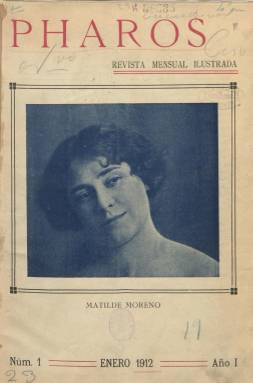
Título: Pharos (Madrid)
Colección: Teatro || Revistas de información general
Ámbito geográfico: Madrid
Lugar de publicación: Madrid
Fechas: 01/01/1912-31/12/1912

Con el subtítulo de Revista mensual Ilustrada, esta publicación nació en 1912 y lo más probable es que su vida finalizara con el año. La BNE tiene los 12 números de la revista y no parece que ésta fuera más allá. En su primer número justificaba su título citando el histórico faro de Alejandría y su deseo de convertirse en una antorcha o foco de las bellas artes.

    En la publicación colaboraron entre otros Valle-Inclán, con el prólogo de su obra La marquesa Rosalinda; Emilia Pardo Bazán, con el cuento El Morito, con ilustraciones de Bartolozzi; y Pedro Répide, escritor madrileñista que relató en varios números las costumbres madrileñas.

    Muy bien ilustrada con dibujos y fotografías, si por algo destaca esta efímera revista es por la información teatral que proporcionaba y por dar a conocer a los actores y actrices del momento. Tenía secciones fijas como El teatro en Madrid, donde informaba sobre los estrenos, pero también dedicaba páginas a informar de la cartelera de otros lugares. Así, había El teatro en París, El teatro en Londres o el teatro en Alemania, e incluso El teatro chino.

   En su primer número dedicó amplios reportajes a actrices como María Tubau, Matilde Moreno y Rosario Pino, y en el de junio puede verse un curioso reportaje ilustrado sobre perros actores y perros de actrices. En varios números, además, reprodujo fragmentos teatrales de algunas de las obras en cartelera que tenían el favor del público.

  La revista tenía entre 80 y 90 páginas  y dedicaba también información a la poesía, pintura, la escultura y otras artes, así como a viajes y lugares exóticos, aunque lo primordial era el mundo teatral, incluyendo la ópera.

   También es de destacar las fotografías a toda página de insignes hombres de letras. Podemos ver en el número de junio el último retrato de Marcelino Menéndez Pelayo (había fallecido en mayo), uno de Jacinto Benavente al mes siguiente y otro de Galdós en agosto al ser nombrado director del Teatro Español.

    Se publicaron en la revista algunas novelas chinas, lo que puede resultar extraño a menos que se sepa que su director, Emilio Sevilla Richart, era un experto en el país oriental. El mismo escribió la novela La hija del cielo, en la que se servía del personaje de una emperatriz china para narrar la vida y costumbres antiguas de China.

   Una de las secciones más curiosas era el consultorio médico de la última página a cargo del doctor Silvio, que era un pseudónimo. Los lectores podían enviar sus consultas a la revista y un médico daba puntual respuesta.

     La publicación que al principio carecía de publicidad fue llenándose de anuncios y así en el último número de diciembre se puede ver como la publicidad ocupa un gran número de páginas. No debió de ser suficiente para mantener viva la revista, si es que fueron los problemas económicos los causantes de que no se siguiera publicando. La competencia era muy fuerte entre las revistas ilustradas y no había mercado para todas, aunque lo cierto es que no hay información sobre los motivos de la desaparición de esta revista.

[Descripción publicada el 31/10/2019]